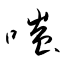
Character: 嗤